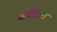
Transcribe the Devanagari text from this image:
माडियरा